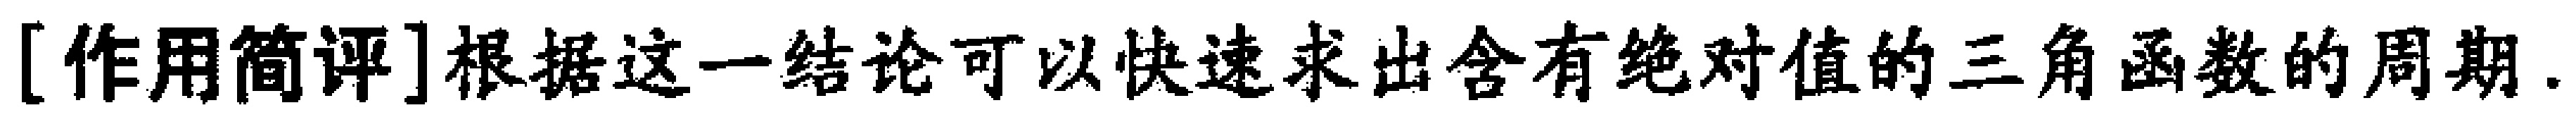
[作用简评]根据这一结论可以快速求出含有绝对值的三角函数的周期